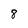
Character: 8